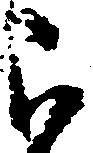
被